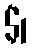
$1